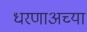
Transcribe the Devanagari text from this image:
धरणाअच्या